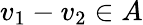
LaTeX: v_{1}-v_{2}\in A